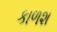
કાળશ